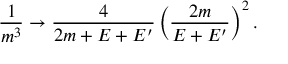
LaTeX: { \frac { 1 } { m ^ { 3 } } } \rightarrow { \frac { 4 } { 2 m + E + E ^ { \prime } } } \left( { \frac { 2 m } { E + E ^ { \prime } } } \right) ^ { 2 } .